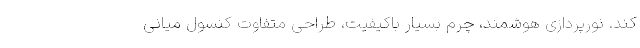
کند. نورپردازی هوشمند، چرم بسیار باکیفیت، طراحی متفاوت کنسول میانی